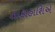
તાકાહાશિએ